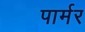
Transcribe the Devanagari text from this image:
पार्मर